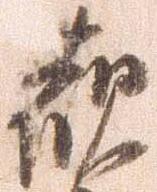
観